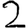
Digit: 2